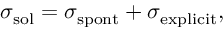
\sigma _ { \mathrm { s o l } } = \sigma _ { \mathrm { s p o n t } } + \sigma _ { \mathrm { e x p l i c i t } } ,